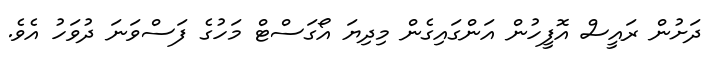
ދަށުން ރައީސް އޮފީހުން އަންގައިގެން މިދިޔަ އޯގަސްޓް މަހުގެ ފަސްވަނަ ދުވަހު އެވެ.